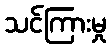
သင်ကြားမှု